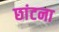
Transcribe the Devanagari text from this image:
छांटना